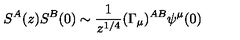
S ^ { A } ( z ) S ^ { B } ( 0 ) \sim \frac { 1 } { z ^ { 1 / 4 } } ( \Gamma _ { \mu } ) ^ { A B } \psi ^ { \mu } ( 0 )